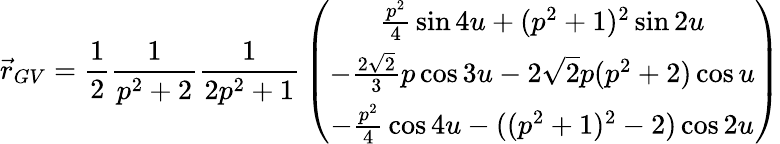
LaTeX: \vec{r}_{GV}={\frac{1}{2}}{\frac{1}{p^{2}+2}}{\frac{1}{2p^{2}+1}}\left(\begin{array}{c}{{{\frac{p^{2}}{4}}\sin{4u}+(p^{2}+1)^{2}\sin{2u}}}\\ {{-{\frac{2\sqrt{2}}{3}}p\cos{3u}-2\sqrt{2}p(p^{2}+2)\cos{u}}}\\ {{-{\frac{p^{2}}{4}}\cos{4u}-((p^{2}+1)^{2}-2)\cos{2u}}}\end{array}\right)